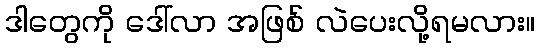
ဒါတွေကို ဒေါ်လာ အဖြစ် လဲပေးလို့ရမလား။